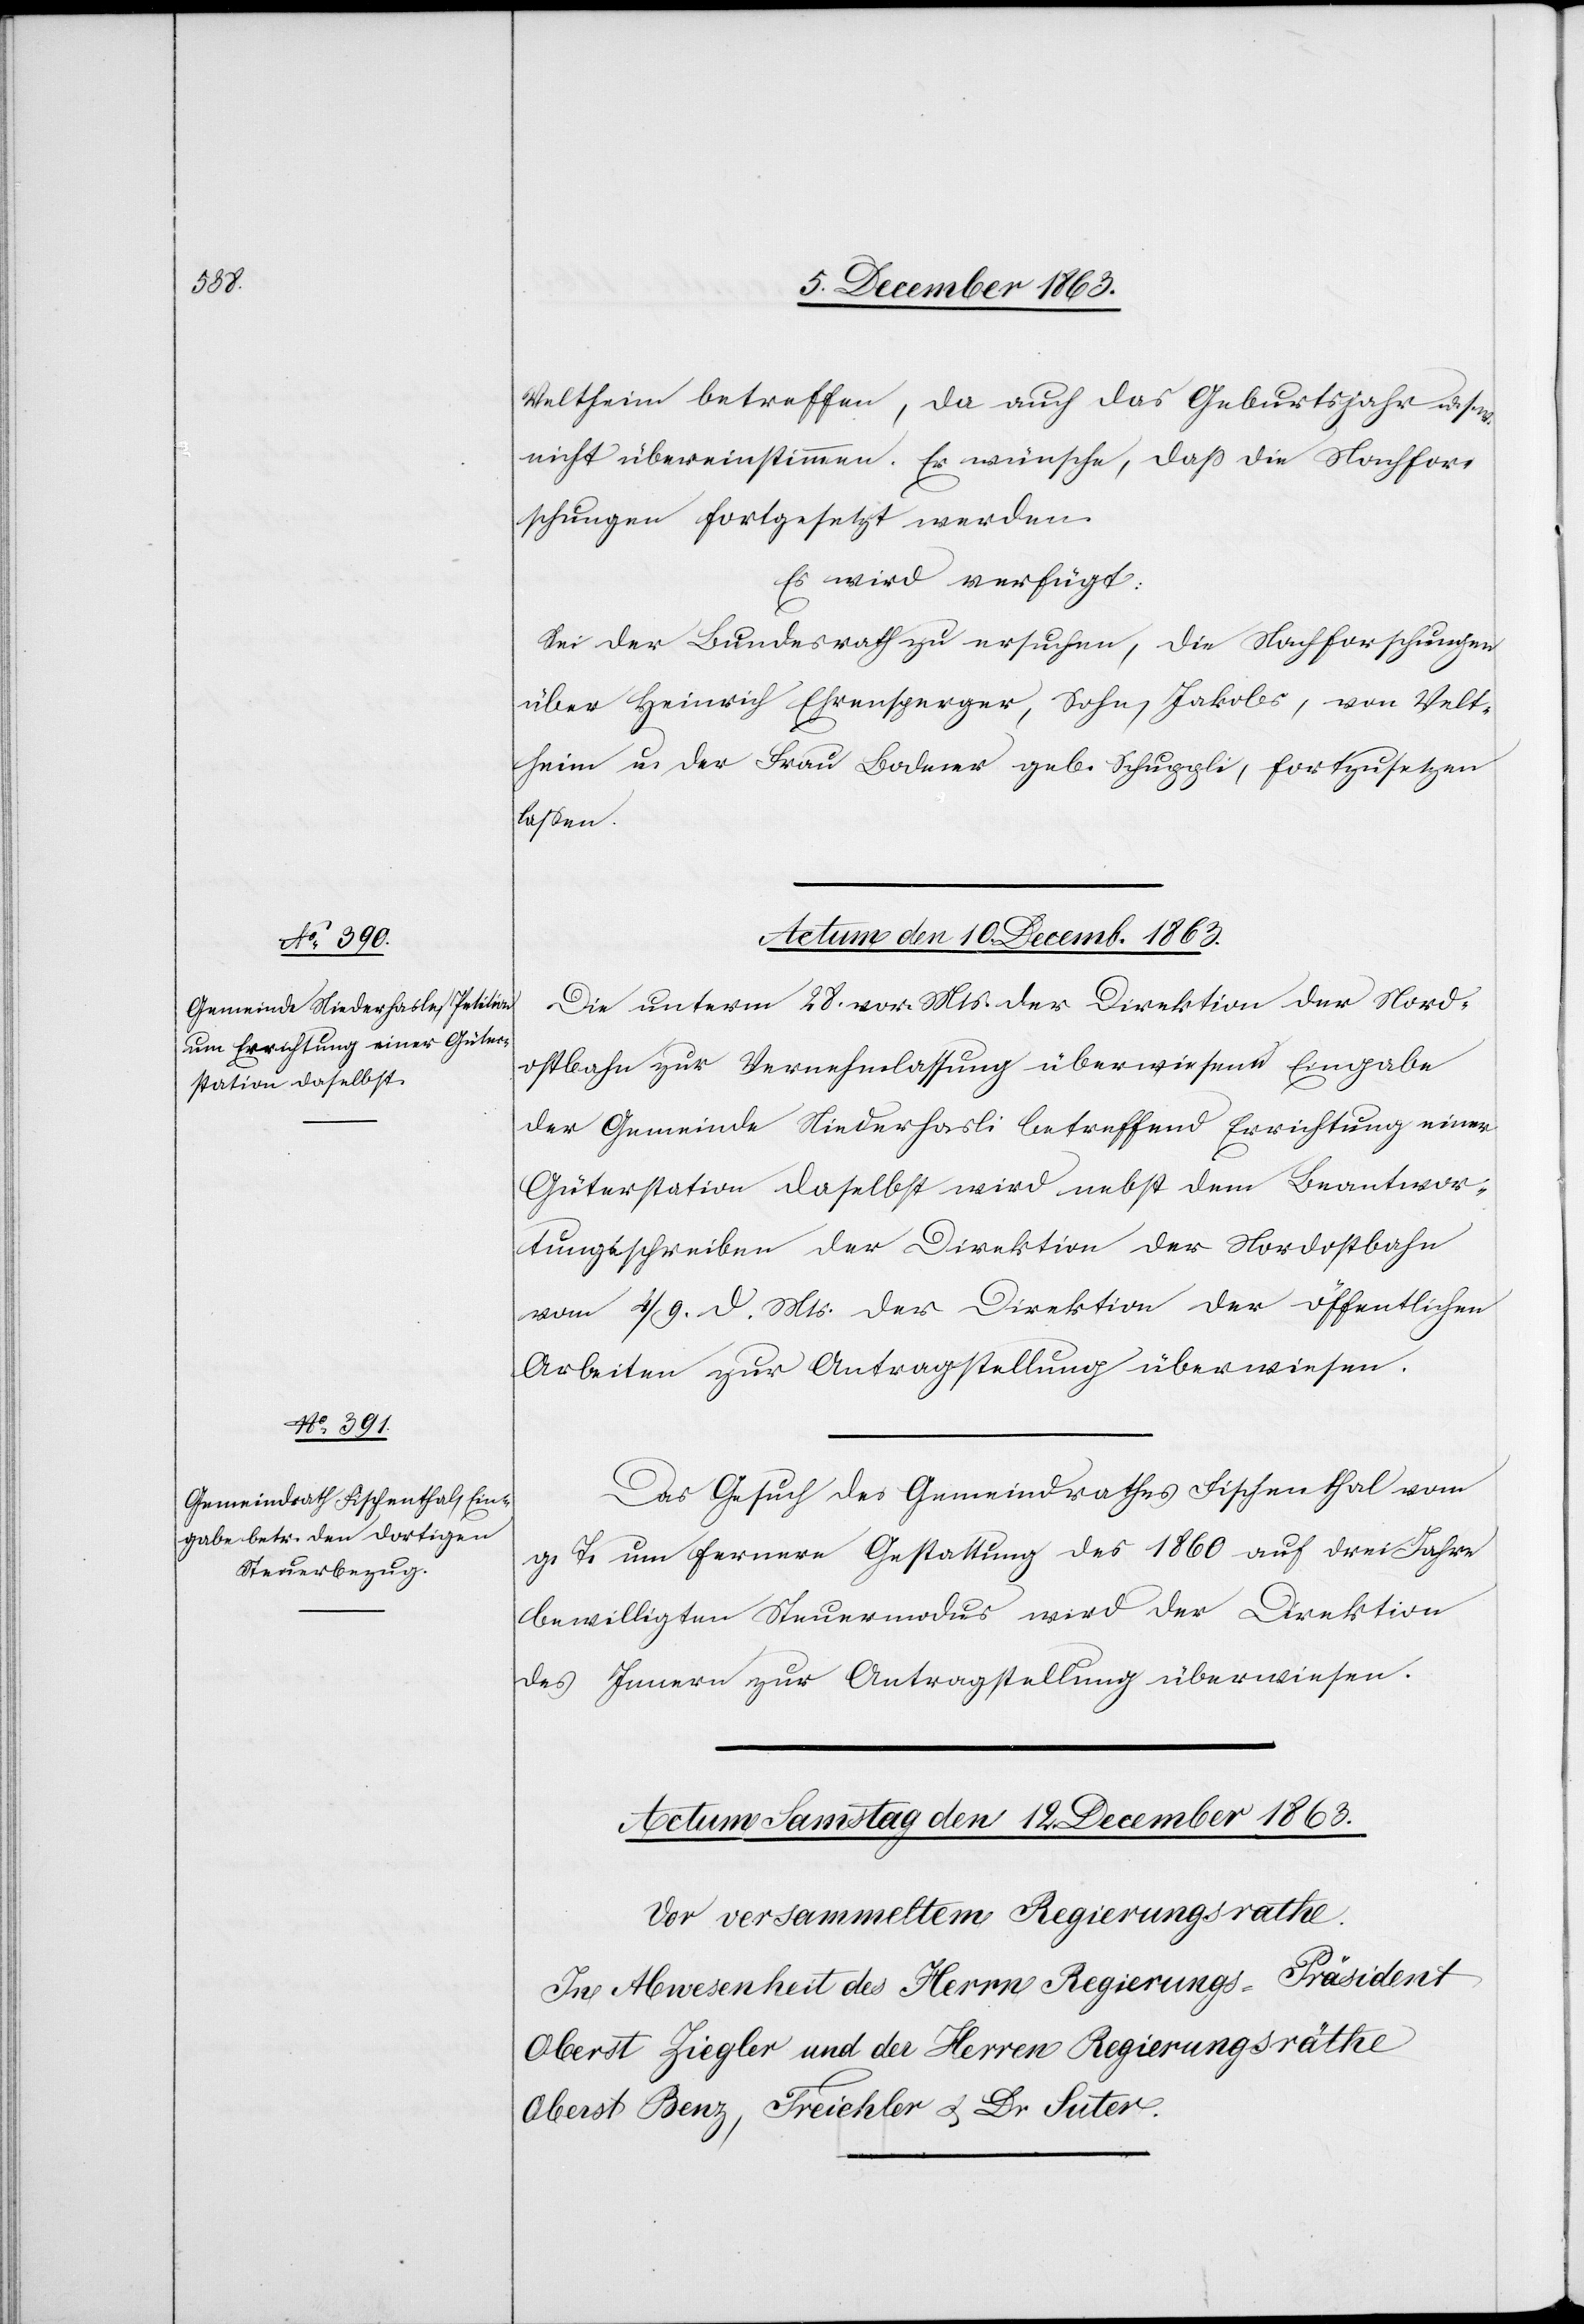
Veltheim betreffen, da auch das Geburtsjahr u. s.
nicht übereinstimmen. Er wünsche, dass die Nachfor¬
schungen fortgesetzt werden.
Es wird verfügt:
Sei der Bundesrath zu ersuchen, die Nachforschungen
über Heinrich Ehrensperger, Sohn, Jakobs, von Velt¬
heim u. der Frau Bodmer geb. Schuppli, fortzusetzen
lassen.
Actum den 10. Decemb. 1863.]
Die unterm 28. vor. Mts. der Direktion der Nord¬
ostbahn zur Vernehmlassung überwiesene Eingabe
der Gemeinde Niederhasli betreffend Errichtung einer
Güterstation daselbst wird nebst dem Beantwor¬
tungsschreiben der Direktion der Nordostbahn
vom 4/9. d. Mts. der Direktion der öffentlichen
Arbeiten zur Antragstellung überwiesen.
Das Gesuch des Gemeindrathes Fischenthal vom
g. T. um fernere Gestattung des 1860 auf drei Jahre
bewilligten Steuermodus wird der Direktion
des Innern zur Antragstellung überwiesen.